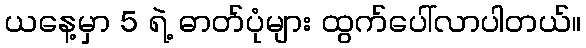
ယနေ့မှာ 5 ရဲ့ ဓာတ်ပုံများ ထွက်ပေါ်လာပါတယ်။